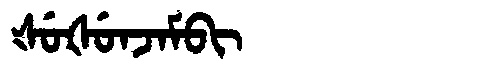
Manchu: ᡧᡠᡧᡠᠨᠵᠠᠮᠪᡳ
Romanization: ŠUŠUNJAMBI